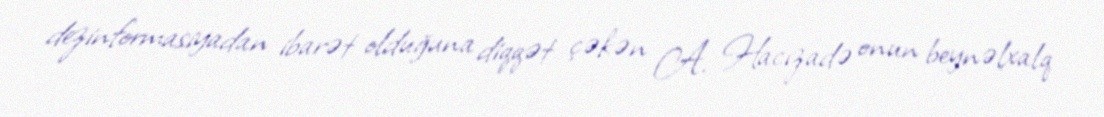
dezinformasiyadan ibarət olduğuna diqqət çəkən A. Hacızadə onun beynəlxalq